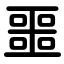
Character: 噩